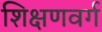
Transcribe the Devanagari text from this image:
शिक्षणवर्ग